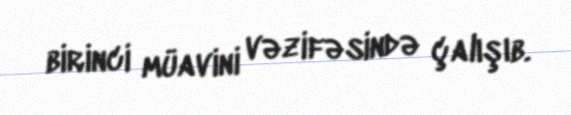
birinci müavini vəzifəsində çalışıb.